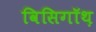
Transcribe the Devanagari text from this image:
विसिगॉथ़